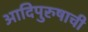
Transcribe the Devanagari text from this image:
आदिपुरुषाची